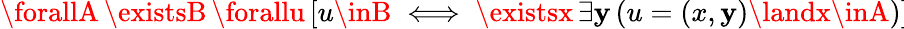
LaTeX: \forallA\, \existsB\, \forallu\, [u\inB\iff\existsx\, \exists\mathbf{y}\, (u=(x,\mathbf{y})\landx\inA)]\!